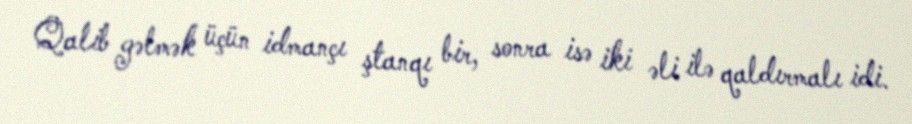
Qalib gəlmək üçün idmançı ştanqı bir, sonra isə iki əli ilə qaldırmalı idi.